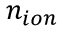
n _ { i o n }